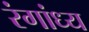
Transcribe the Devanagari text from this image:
रंगांध्य